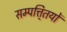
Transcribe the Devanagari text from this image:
सम्पत्ति्तयों